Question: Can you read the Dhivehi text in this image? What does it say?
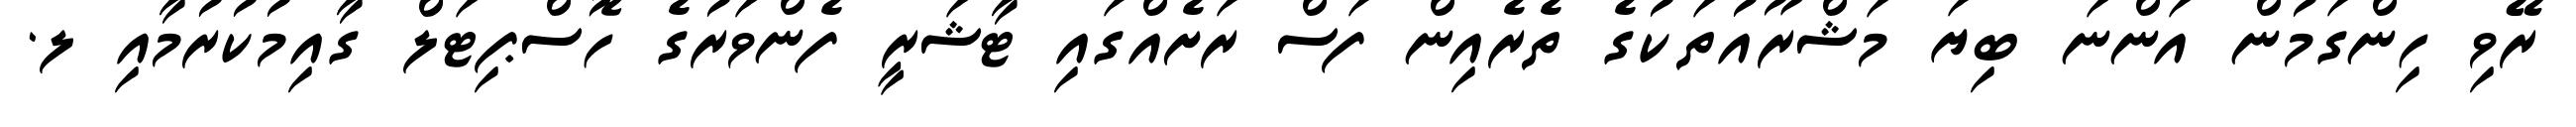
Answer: ރޭވި ހިންގަމުން އަންނަ ބިޔަ މަޝްރޫއުތަކުގެ ތެރެއިން ފަސް ރަށެއްގައި ޓާޝަރީ ފެންވަރުގެ ހޮސްޕިޓަލް ގާއިމުކުރުމާއި ލ.